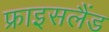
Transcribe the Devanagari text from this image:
फ्राइसलैंड